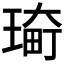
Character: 𤨀